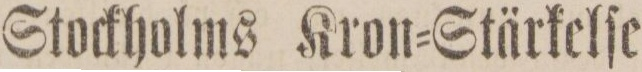
Stockholms Kron=Stärkelſe